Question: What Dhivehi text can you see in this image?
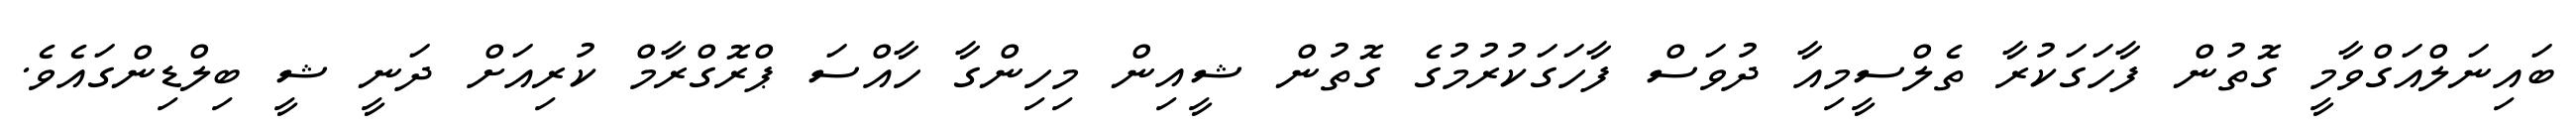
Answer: ބައިނަލްއަގްވާމީ ގޮތުން ފާހަގަކުރާ ތެލްސީމިއާ ދުވަސް ފާހަގަކުރުމުގެ ގޮތުން ޝީއިން މިހިންގާ ހާއްސަ ޕްރޮގްރާމް ކުރިއަށް ދަނީ ޝީ ބިލްޑިންގައެވެ.